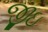
જીઇ